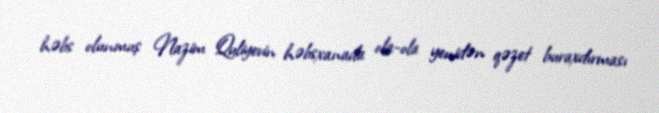
həbs olunmuş Nazim Quliyevin həbsxanada ola-ola yenidən qəzet buraxdırması